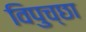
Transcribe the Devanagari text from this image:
विपुच्छा